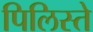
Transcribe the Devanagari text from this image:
पिलिस्ते